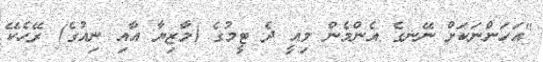
"އަހަންނަކަށް ނޭނގެ އެންމެން މިއީ ދެ ޓީމުގެ (މާޒިޔާ އާއި ނިއުގެ) ރޭހެކޭ